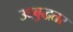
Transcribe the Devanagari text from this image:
उदबुद्धतर